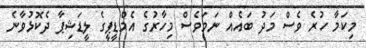
މިކަމާ ހުރެ ވެސް މަދު ބައެއް ނަމަވެސް މިހާރުގެ އެމްޑީޕީގެ ލީޑަޝިޕާ ދެކޮޅުވާނެ